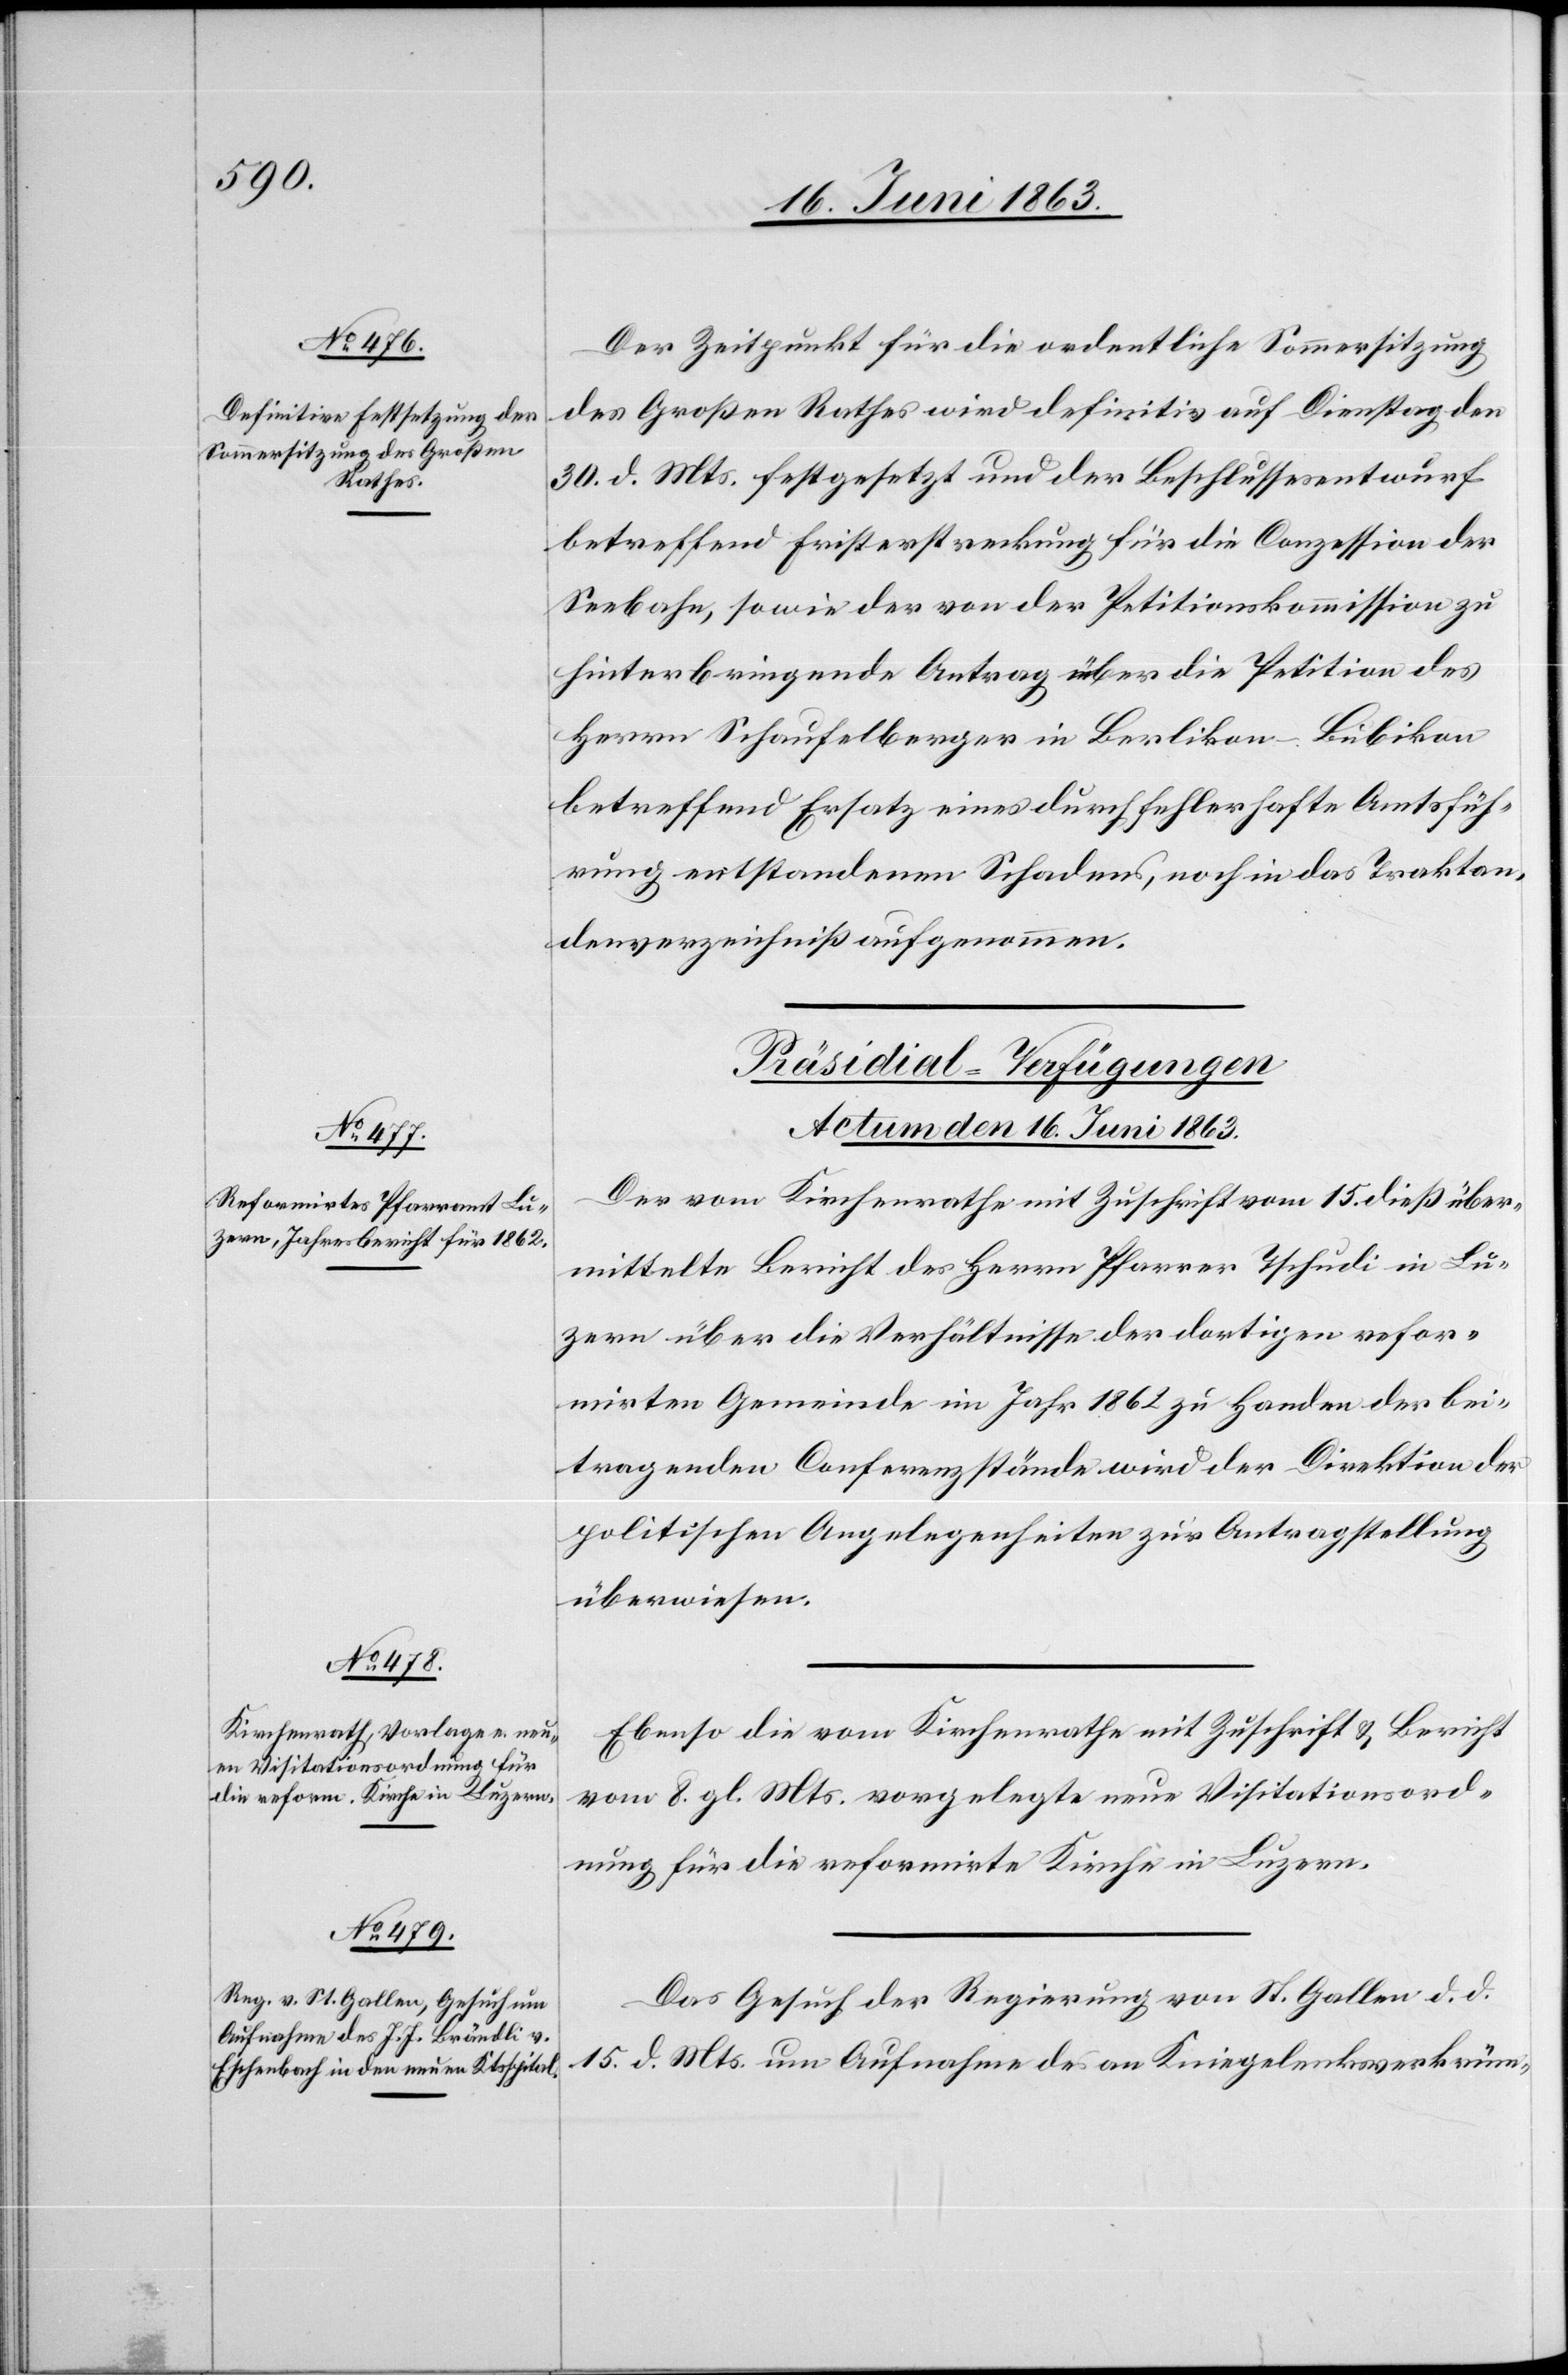
Der Zeitpunkt für die ordentliche Sommersitzung
des Großen Rathes wird definitiv auf Dienstag den
30. d. Mts. festgesetzt und der Beschlussesentwurf
betreffend Fristerstreckung für die Conzession der
Seebahn, sowie der von der Petitionskommission zu
hinterbringende Antrag über die Petition des
Herrn Schaufelberger in Berlikon – Bubikon
betreffend Ersatz eines durch fehlerhafte Amtsfüh¬
rung entstandenen Schadens, noch in das Traktan¬
denverzeichniß aufgenommen.
[Präsidial-Verfügungen.
Actum den 16. Juni 1863.]
Der vom Kirchenrathe mit Zuschrift vom 15. dieß über¬
mittelte Bericht des Herrn Pfarrer Tschudi in Lu¬
zern über die Verhältnisse der dortigen refor¬
mirten Gemeinde im Jahr 1862 zu Handen der bei¬
tragenden Conferenzstände wird der Direktion der
politischen Angelegenheiten zur Antragstellung
überwiesen.
Ebenso die vom Kirchenrathe mit Zuschrift & Bericht
vom 8. gl. Mts. vorgelegte neue Visitationsord¬
nung für die reformirte Kirche in Luzern.
Das Gesuch der Regierung von St. Gallen d. d.
15. d. Mts. um Aufnahme des an Kniegelenksverkrüm-